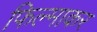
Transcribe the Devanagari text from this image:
फिल्माकर